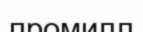
промилл